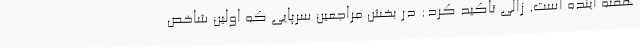
هفته آینده است. زالی تاکید کرد: در بخش مراجعین سرپایی که اولین شاخص